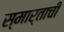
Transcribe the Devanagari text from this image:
स्मार्ताची